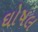
ઘોષલ